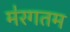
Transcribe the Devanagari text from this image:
म॑रगतम